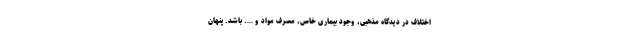
اختلاف در دیدگاه مذهبی، وجود بیماری خاص، مصرف مواد و …. باشد. پنهان